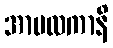
အာမလကာနိ